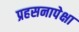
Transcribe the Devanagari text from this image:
प्रहसनापेक्षा